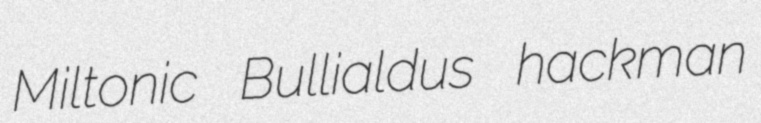
Miltonic Bullialdus hackman